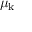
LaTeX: \mu _ { \mathrm { k } }